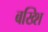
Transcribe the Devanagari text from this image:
बख्शि